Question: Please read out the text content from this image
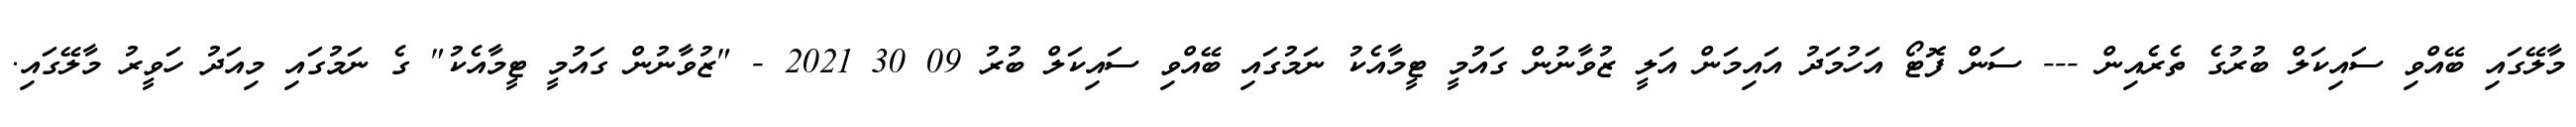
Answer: މާލޭގައި ބޭއްވި ސައިކަލް ބުރުގެ ތެރެއިން --- ސަން ފޮޓޯ އަހުމަދު އައިމަން އަލީ ޒުވާނުން ގައުމީ ޓީމާއެކު ނަމުގައި ބޭއްވި ސައިކަލް ބުރު 09 30 2021 - "ޒުވާނުން ގައުމީ ޓީމާއެކު" ގެ ނަމުގައި މިއަދު ހަވީރު މާލޭގައި.